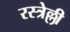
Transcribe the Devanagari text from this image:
रस्त्रेल्ली